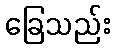
ခြေသည်း